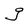
Character: g